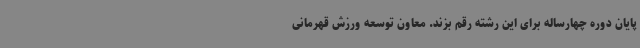
پایان دوره چهارساله برای این رشته رقم بزند. معاون توسعه ورزش قهرمانی